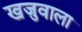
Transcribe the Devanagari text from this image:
खजुवाला